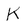
Character: K